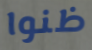
ظنوا